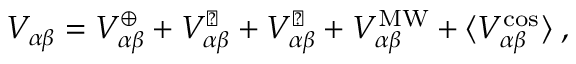
\begin{array} { r } { V _ { \alpha \beta } = V _ { \alpha \beta } ^ { \oplus } + V _ { \alpha \beta } ^ { \leftmoon } + V _ { \alpha \beta } ^ { \astrosun } + V _ { \alpha \beta } ^ { \mathrm { M W } } + \langle V _ { \alpha \beta } ^ { \mathrm { c o s } } \rangle \; , } \end{array}